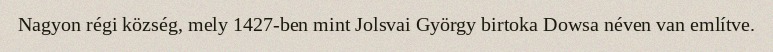
Nagyon régi község, mely 1427-ben mint Jolsvai György birtoka Dowsa néven van említve.